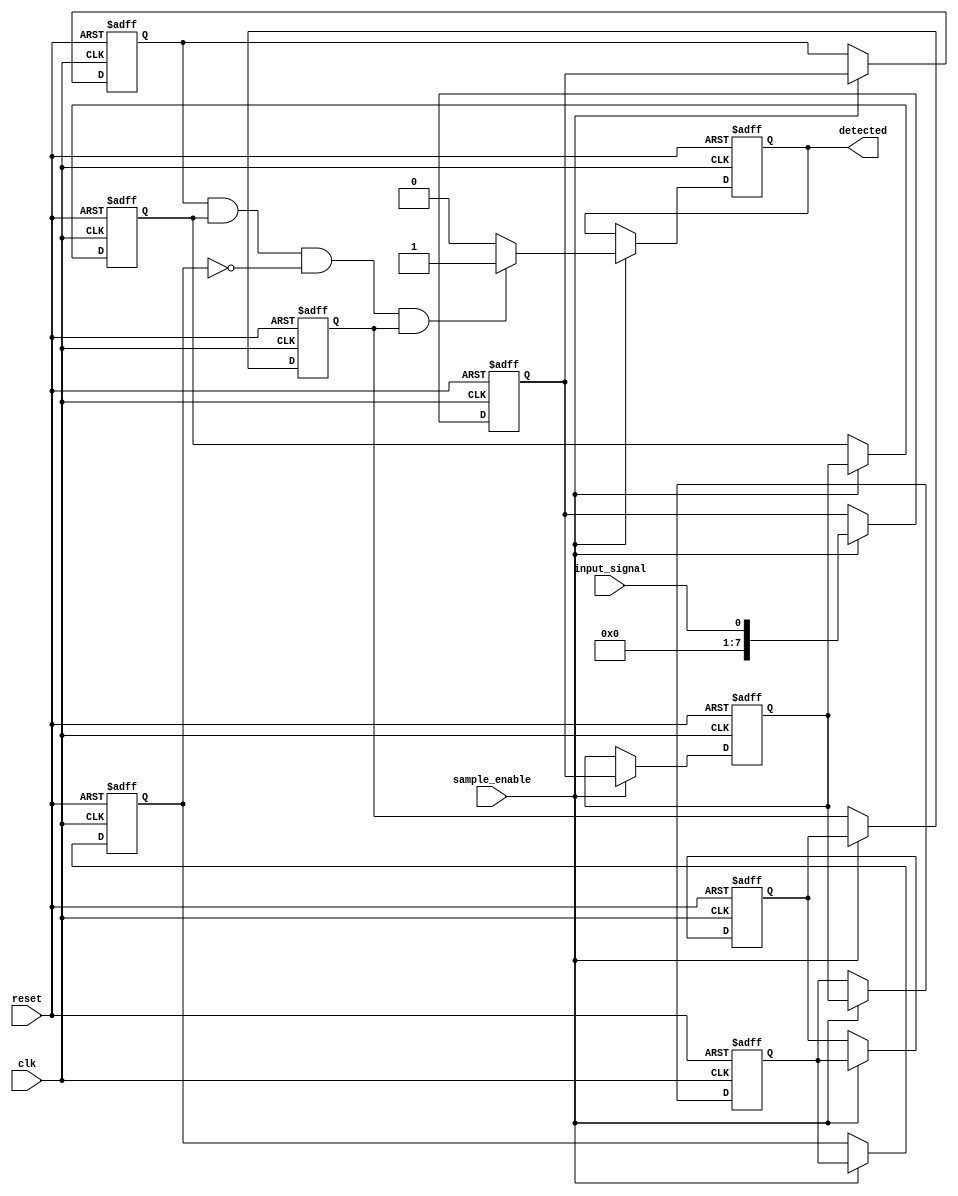
module MemoryBlocksSamplingDelayLineDetector #(
    parameter DELAY_STAGES = 8,  // Number of delay stages
    parameter MEMORY_SIZE = 8     // Size of each memory block
)(
    input wire clk,               // System clock
    input wire reset,             // Asynchronous reset
    input wire sample_enable,     // Signal to enable sampling
    input wire input_signal,       // Input digital signal
    output reg detected           // Output signal indicating detection
);

    // Delay line implemented with shift registers
    reg [DELAY_STAGES-1:0] delay_line [0:DELAY_STAGES-1];

    // Memory blocks to store sampled values
    reg [MEMORY_SIZE-1:0] memory [0:DELAY_STAGES-1];

    // Sampling control logic
    integer i;

    always @(posedge clk or posedge reset) begin
        if (reset) begin
            for (i = 0; i < DELAY_STAGES; i = i + 1) begin
                delay_line[i] <= 0;
                memory[i] <= 0;
            end
            detected <= 0;
        end else if (sample_enable) begin
            // Shift the delay line
            for (i = DELAY_STAGES-1; i > 0; i = i - 1) begin
                delay_line[i] <= delay_line[i-1];
            end
            delay_line[0] <= input_signal; // Sample the input signal

            // Store the values in the memory blocks
            for (i = 0; i < DELAY_STAGES; i = i + 1) begin
                memory[i] <= delay_line[i];
            end

            // Detection logic
            detected <= 0; // Reset detection signal
            // Example detection criteria: Check if a specific pattern is detected
            if (memory[0] && memory[1] && !memory[2] && memory[3]) begin
                detected <= 1; // Example pattern: 1101
            end
        end
    end

endmodule